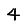
Digit: 4